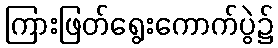
ကြားဖြတ်ရွေးကောက်ပွဲ၌